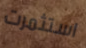
استثمرت